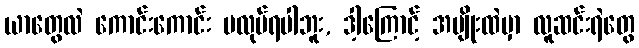
ယာတွေလဲ ကောင်းကောင်း မလုပ်ရပါဘူး, ဒါ့ကြောင့် အမျိုးထဲမှာ လူဆင်းရဲတွေ